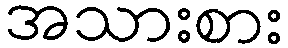
အသားစား